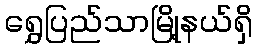
ရွှေပြည်သာမြို့နယ်ရှိ